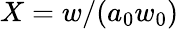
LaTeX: X=w/(a_{0}w_{0})